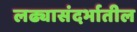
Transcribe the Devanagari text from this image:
लढ्यासंदर्भातील